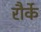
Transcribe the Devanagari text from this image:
रौर्के